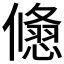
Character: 𠐃